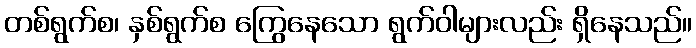
တစ်ရွက်စ၊ နှစ်ရွက်စ ကြွေနေသော ရွက်ဝါများလည်း ရှိနေသည်။